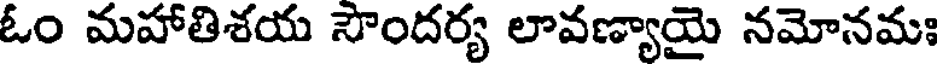
ఓం మహాతిశయ సౌందర్య లావణ్యాయై నమోనమః